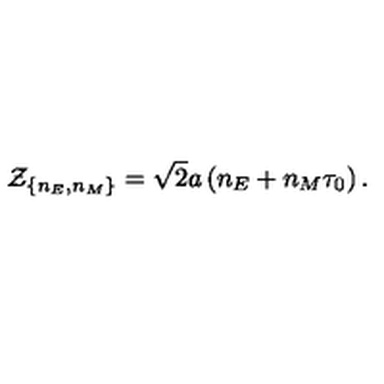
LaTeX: { \cal Z } _ { \{ n _ { E } , n _ { M } \} } = \sqrt { 2 } a \left( n _ { E } + n _ { M } \tau _ { 0 } \right) .